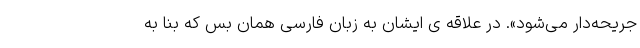
جریحه‌دار می‌شود». در علاقه ی ایشان به زبان فارسی همان بس که بنا به